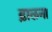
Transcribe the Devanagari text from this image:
ढ़ालना